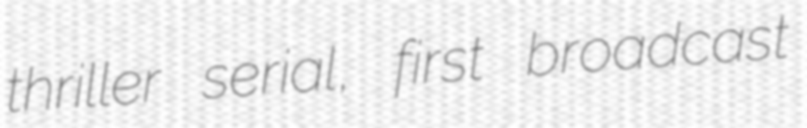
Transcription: thriller serial, first broadcast